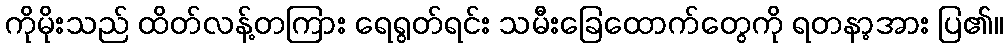
ကိုမိုးသည် ထိတ်လန့်တကြား ရေရွတ်ရင်း သမီးခြေထောက်တွေကို ရတနာ့အား ပြ၏။